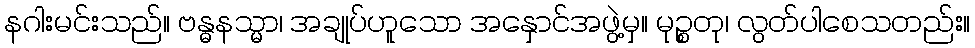
နဂါးမင်းသည်။ ဗန္ဓနသ္မာ၊ အချုပ်ဟူသော အနှောင်အဖွဲ့မှ။ မုဉ္စတု၊ လွတ်ပါစေသတည်း။